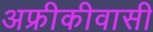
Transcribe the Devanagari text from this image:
अफ्रीकीवासी